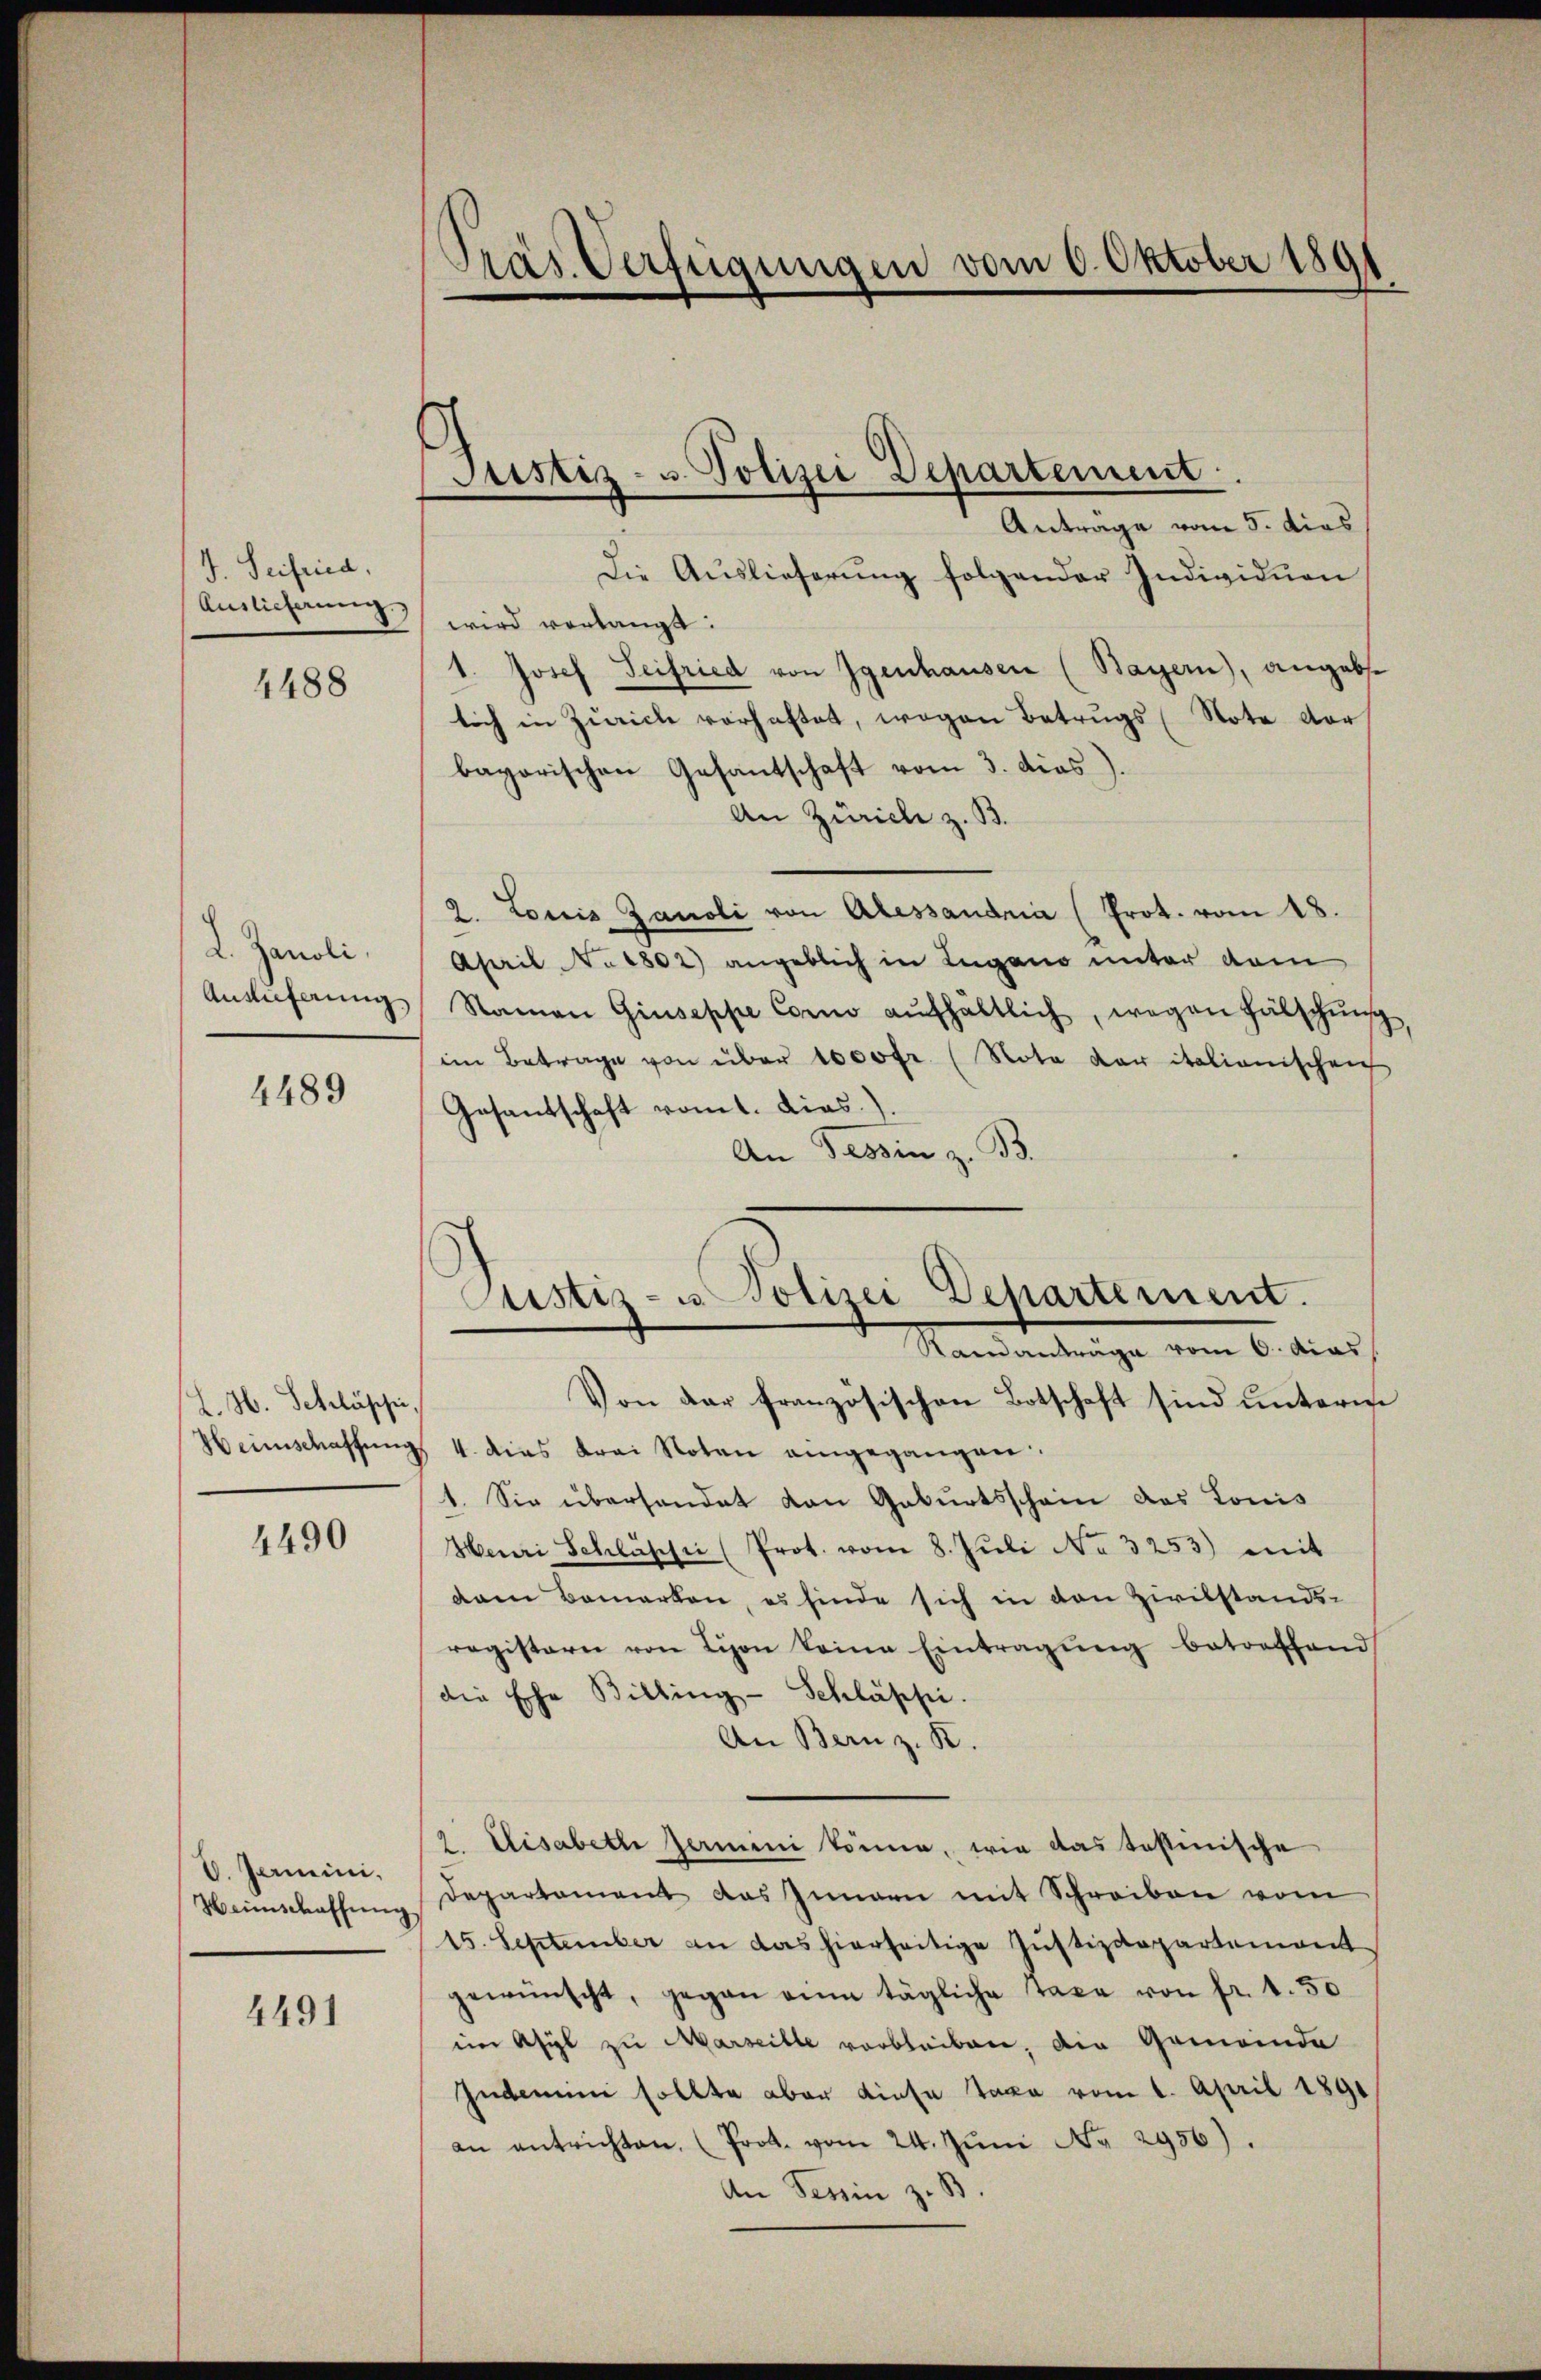
I. Seifrica.
Auslieferung.

4488

2. Janoli.
Anslieferung

4489

L. H. Schlässe,
Heimschaffung

4490

V. Jarmini
Weinschaffŭng

4491

Präs. Verfügungen vom 6. Oktober 1891

Justiz- u. Polizei Departement.
Antrage vom 5. dies

Die Aŭslieferŭng folgender Individuen
wird vorlangt:
1. Josef Seifried von Igenhausen (Bayern), angabst
lich in Zürich vorhaftet, wegen Betrugs Note vor
bayorischen Gesantschaft vom 3. dies).
An Zürich z. B.
2. Louis Zanoli von Alessandria (Prot. vom 18.
April No 1802) angeblich in Lugano unter dem
Namen Giuseppe Como aŭfhältlich, wegen Fälschŭng,
im Betrage von über 1000fr. (Nota der italionischei
Gesantschaft vom 1. dies.)
An Tessin z. B.
Von der französischen Botschaft sind unterm
4. dies drei Noten eingegangen.
1. Sie überhandet von Geburtsscham das Konis
Henri Schlusser (Prot. vom 8. Juli No 3253) mit
dam bemerken, es finde sich in den Zivilstands-
registern von Lion keine Eintragŭng betroffend
die Ehe Billing-Schläppi.
An Bern z. B.
2. Elisabeth fermini könne, wie das testinische
departement das Innern mit Schreiben vom
15. September an das hierseitige Jŭstizdepartement
gewünscht, gegen ain tägliche Taxe von fr. 4. 50
im Asyl zu Marseille verbleiben, die Gemeinda
Indemini sollte aber diese Taxa vom 1. April 1891
an entrichten, (Prot. vom 24. Jŭni Nr. 2956).
An Tessin z. B.

Justiz- u Polizei Departement.
Randanträge vom 6. Acas